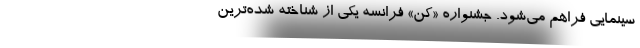
سینمایی فراهم می‌شود. جشنواره «کن» فرانسه یکی از شناخته شده‌ترین